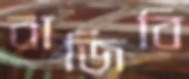
বাজিবি